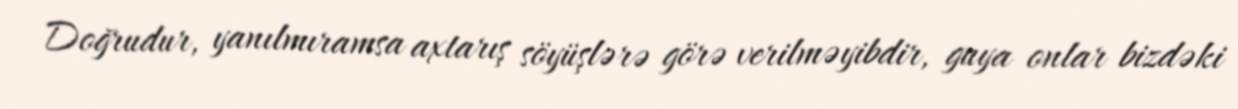
Doğrudur, yanılmıramsa axtarış söyüşlərə görə verilməyibdir, guya onlar bizdəki